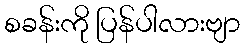
စခန်းကို ပြန်ပါလားဗျာ